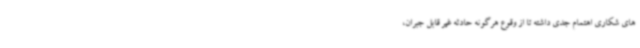
های شکاری اهتمام جدی داشته تا از وقوع هرگونه حادثه غیر قابل جبران،